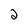
Character: 2